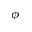
\phi